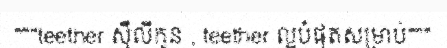
"""teether ស៊ីលីកូន , teether ល្អបំផុតសម្រាប់"""